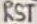
Text: RST